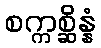
စက္ကစ္ဆိန္နံ